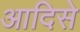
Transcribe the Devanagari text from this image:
आदिसे